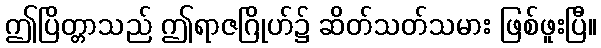
ဤပြိတ္တာသည် ဤရာဇဂြိုဟ်၌ ဆိတ်သတ်သမား ဖြစ်ဖူးပြီ။